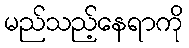
မည်သည့်နေရာကို